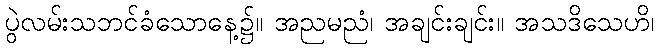
ပွဲလမ်းသဘင်ခံသောနေ့၌။ အညမညံ၊ အချင်းချင်း။ အသဒိသေဟိ၊